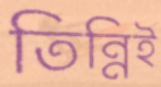
তিন্নিই